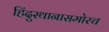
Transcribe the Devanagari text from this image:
हिंदुस्थानासमोरच